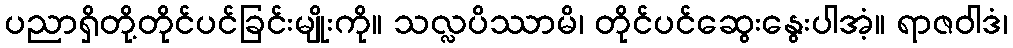
ပညာရှိတို့တိုင်ပင်ခြင်းမျိုးကို။ သလ္လပိဿာမိ၊ တိုင်ပင်ဆွေးနွေးပါအံ့။ ရာဇဝါဒံ၊